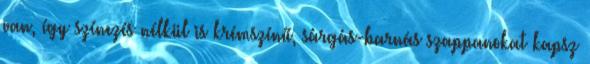
van, így színezés nélkül is krémszínű, sárgás-barnás szappanokat kapsz